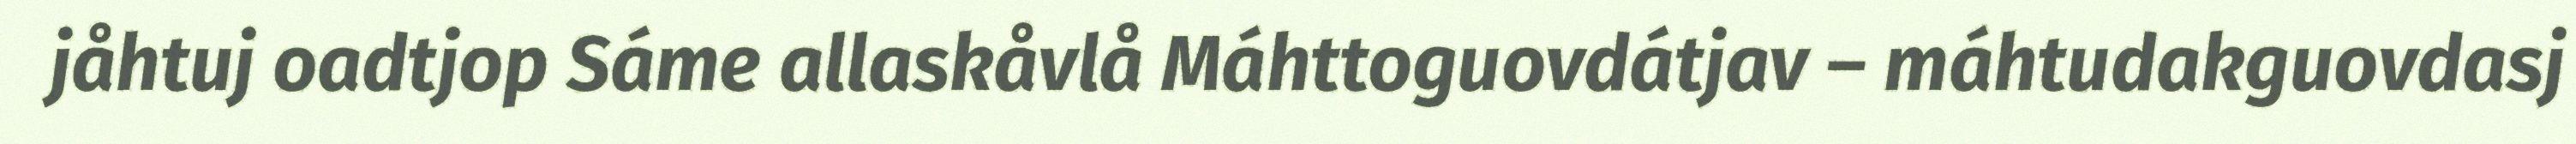
jåhtuj oadtjop Sáme allaskåvlå Máhttoguovdátjav – máhtudakguovdasj